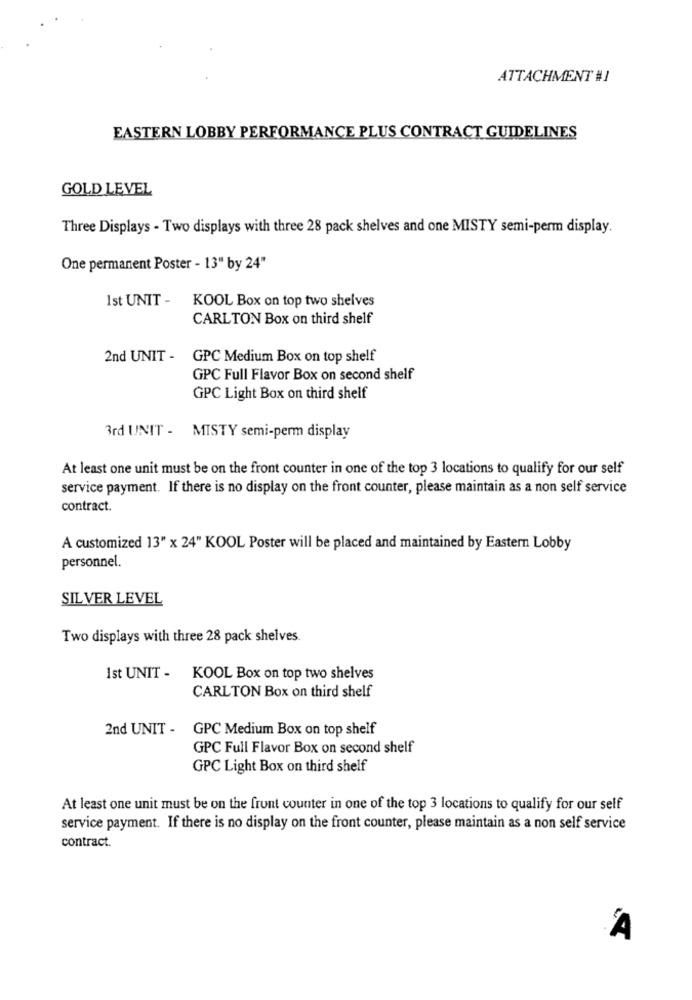
ATTACHMENT #1
EASTERN LOBBY PERFORMANCE PLUS CONTRACT GUIDELINES
GOLD LEVEL
Three Displays - Two displays with three 28 pack shelves and one MISTY semi-perm display.
One permanent Poster - 13" by 24"
1st UNIT -
KOOL Box on top two shelves
CARLTON Box on third shelf
2nd UNIT - GPC Medium Box on top shelf
GPC Full Flavor Box on second shelf
GPC Light Box on third shelf
3rd UNIT - MISTY semi-perm display
At least one unit must be on the front counter in one of the top 3 locations to qualify for our self
service payment. If there is no display on the front counter, please maintain as a non self service
contract.
A customized 13" x 24" KOOL Poster will be placed and maintained by Eastern Lobby
personnel.
SILVER LEVEL
Two displays with three 28 pack shelves.
Ist UNIT - KOOL Box on top two shelves
CARLTON Box on third shelf
2nd UNIT - GPC Medium Box on top shelf
GPC Full Flavor Box on second shelf
GPC Light Box on third shelf
At least one unit must be on the front counter in one of the top 3 locations to qualify for our self
service payment. If there is no display on the front counter, please maintain as a non self service
contract.
A